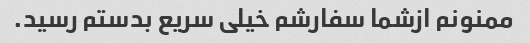
ممنونم ازشما سفارشم خیلی سریع بدستم رسید.